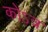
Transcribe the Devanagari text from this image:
कोऽत्र